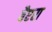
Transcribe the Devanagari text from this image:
बैएरा